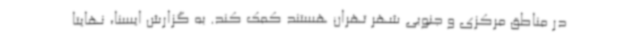
در مناطق مرکزی و جنوبی شهر تهران هستند کمک کند. به گزارش ایسنا، نهایتا